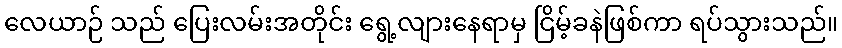
လေယာဉ် သည် ပြေးလမ်းအတိုင်း ရွေ့လျားနေရာမှ ငြိမ့်ခနဲဖြစ်ကာ ရပ်သွားသည်။